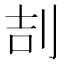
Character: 㓤